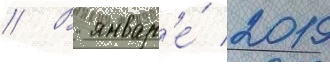
// В январ'е́ 2019